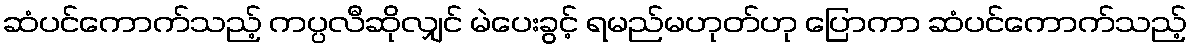
ဆံပင်ကောက်သည့် ကပ္ပလီဆိုလျှင် မဲပေးခွင့် ရမည်မဟုတ်ဟု ပြောကာ ဆံပင်ကောက်သည့်